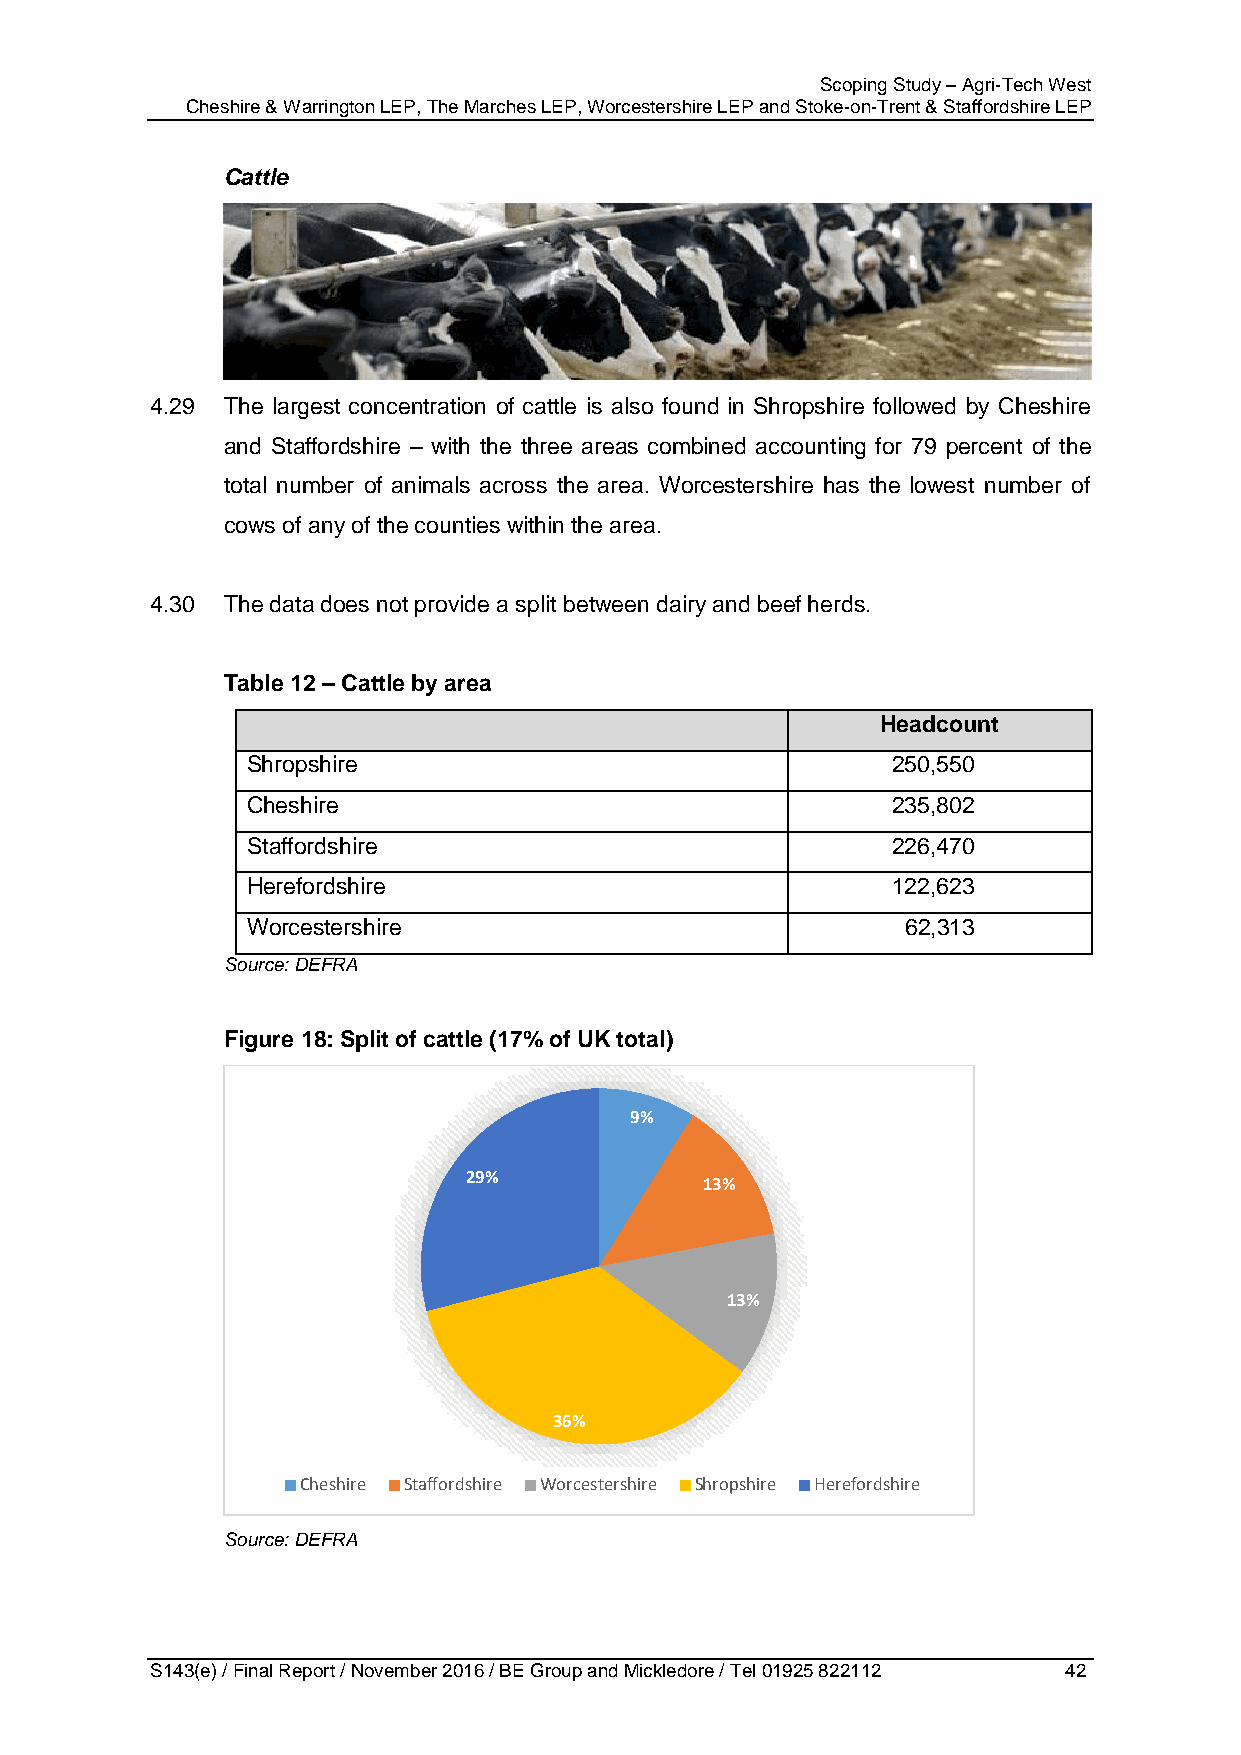
Scoping Study – Agri-Tech West
 Cheshire & Warrington LEP, The Marches LEP, Worcestershire LEP and Stoke-on-Trent & Staffordshire LEP
 Cattle
 4.29 The largest concentration of cattle is also found in Shropshire followed by Cheshire
 and Staffordshire – with the three areas combined accounting for 79 percent of the
 total number of animals across the area. Worcestershire has the lowest number of
 cows of any of the counties within the area.
 4.30 The data does not provide a split between dairy and beef herds.
 Table 12 – Cattle by area
 Headcount
 Shropshire                                 250,550
 Cheshire                                   235,802
 Staffordshire                              226,470
 Herefordshire                              122,623
 Worcestershire                              62,313
 Source: DEFRA
 Figure 18: Split of cattle (17% of UK total)
 9%
 29%
 13%
 13%
 36%
 Cheshire Staffordshire Worcestershire Shropshire Herefordshire
 Source: DEFRA
 S143(e) / Final Report / November 2016 / BE Group and Mickledore / Tel 01925 822112 42